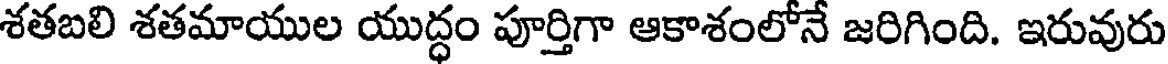
శతబలి శతమాయుల యుద్ధం పూర్తిగా ఆకాశంలోనే జరిగింది. ఇరువురు